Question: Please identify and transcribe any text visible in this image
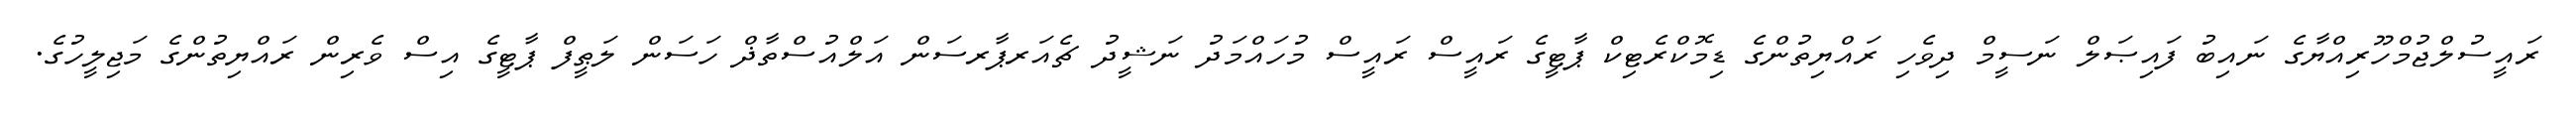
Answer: ރައީސުލްޖުމްހޫރިއްޔާގެ ނައިބު ފައިޞަލް ނަސީމް ދިވެހި ރައްޔިތުންގެ ޑިމޮކްރެޓިކް ޕާޓީގެ ރައީސް ރައީސް މުހައްމަދު ނަޝީދު ޗެއަރޕާރސަން އަލްއުސްތާޛް ހަސަން ލަޠީފް ޕާޓީގެ އިސް ވެރިން ރައްޔިތުންގެ މަޖިލީހުގެ.